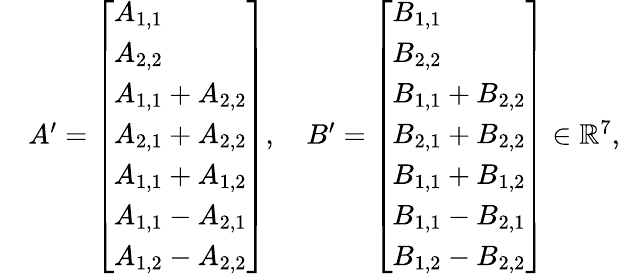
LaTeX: \begin{array}{rl}&{A^{\prime}=\left[\begin{array}{l}{A_{1,1}}\\ {A_{2,2}}\\ {A_{1,1}+A_{2,2}}\\ {A_{2,1}+A_{2,2}}\\ {A_{1,1}+A_{1,2}}\\ {A_{1,1}-A_{2,1}}\\ {A_{1,2}-A_{2,2}}\end{array}\right],\quad B^{\prime}=\left[\begin{array}{l}{B_{1,1}}\\ {B_{2,2}}\\ {B_{1,1}+B_{2,2}}\\ {B_{2,1}+B_{2,2}}\\ {B_{1,1}+B_{1,2}}\\ {B_{1,1}-B_{2,1}}\\ {B_{1,2}-B_{2,2}}\end{array}\right]\in\mathbb{R}^{7},}\end{array}